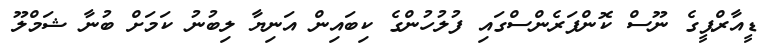
ޑީއާރްޕީގެ ނޫސް ކޮންފަރެންސްގައި ފުލުހުންގެ ކިބައިން އަނިޔާ ލިބުނު ކަމަށް ބުނާ ޝަމްލޫ